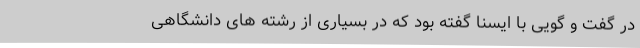
در گفت و گویی با ایسنا گفته بود که در بسیاری از رشته های دانشگاهی